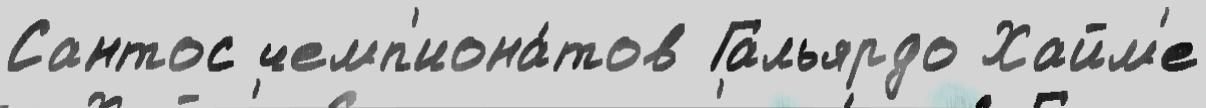
Сантос чемп'иона́тов Гальярдо Хайм'е